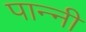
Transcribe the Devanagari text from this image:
पान्नी